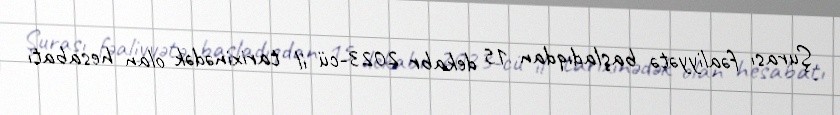
Şurası fəaliyyətə başladıqdan 15 dekabr 2023-cü il tarixinədək olan hesabatı